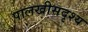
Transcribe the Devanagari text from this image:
पालखीसदृश्य